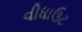
વીધાઉટ